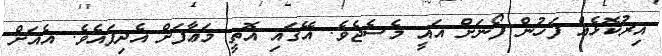
އިރުކޮޅެއް ފަހުން ފޯނަށް އައީ މެސެޖެވެ. އޭގައި އޮތީ މަޢާފަށް އެދިފައެވެ. އެއަށް